Civil Veterinary Dept. North-West Frontier Province 1901-22 - 1901-1922
Year: 1901
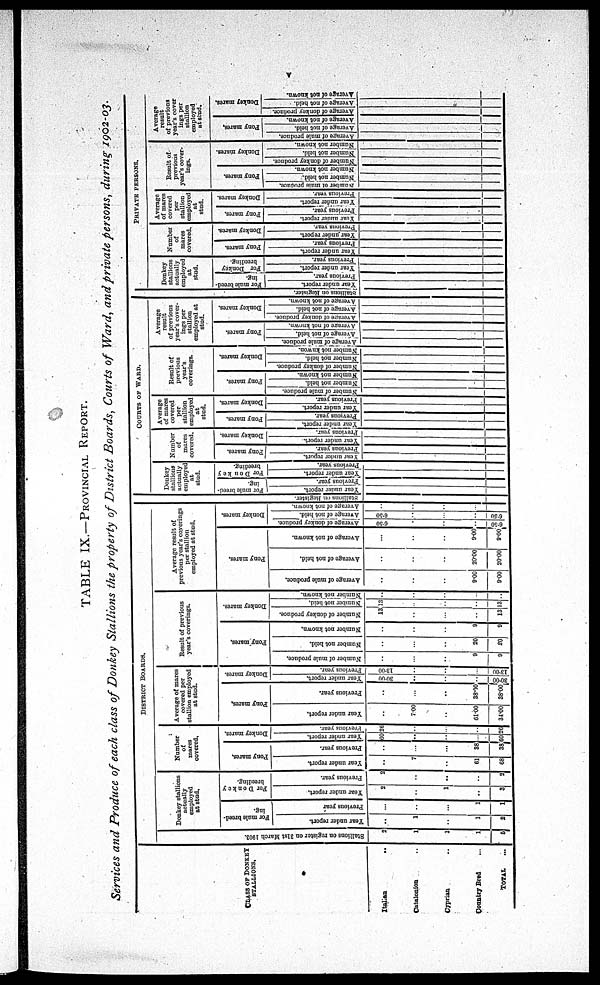
V
TABLE IX.—PROVINCIAL REPORT.
Services and Produce of each class of Donkey Stallions the property of District Boards, Courts of Ward, and private persons, during 1902-03.
CLASS OF DONKEY
STALLIONS.
Italian ...
Catalonion ...
Cyprian ..
Country Bred ..
TOTAL ...
DISTRICT
BOARDS.
St al l
i
ons on r e g i s t e r on 31st Ma r
c h 1903.
2
1
1
1
5
Donkey stallions
actually
employed
at stud.
For mule breed-
ing.
Year
under report.
..
1
..
1
2
Previous year
...
..
..
1
1
For Donkey
breeding.
Year
under report.
2
...
1
...
3
Previous year.
2
...
..
...
2
Number
of
mares
covered.
Pony mares.
Year under report.
...
7
...
61
68
Previous year.
...
...
...
38
38
Donkey mores.
Year
under report.
60
..
...
...
60
Previous Year.
26
...
...
...
26
Average of mares
covered per
stallion employed
at stud.
Pony mares.
Year
under report.
...
7 00
...
61.00
34.00
Previous year.
...
...
...
38.00
38.00
Donkey mares.
Year under report.
30 00
...
...
...
3 0.00
Previous year.
13 00
...
...
...
13.00
Result of previous
year's coverings.
Pony mares.
Number of mule produce.
...
...
...
9
9
Number not held.
...
...
...
20
20
Number not known.
...
...
...
9
9
Donkey mares.
Number of donkey produce.
13
...
...
...
13
Number not held.
13
...
...
...
13
Number not known.
...
...
...
...
...
Average result of
previous year's coverings
per stallion
employed at stud.
Pony mares.
Average of mule produce
...
...
...
9.00
9.00
Average of not held.
...
.....
...
20.00
20.00
Average of not known.
...
...
...
9.00
9.00
Donkey mores.
Average of donkey produce.
6.30
...
...
...
6.30
Average of not held.
6.30
...
...
...
...
Average
of not known.
..
..
Stallions on Register.
COURTS OF
WARD.
Donkey
stallions
actually
employed
at
stud.
For mule breed-
ing
Year under report.
Previous year.
Per Donkey
breeding.
Year under report.
Previous year.
Number
of
mares
covered.
Pony mares.
Year under report.
Previous year.
Donkey mares.
Year
under report.
Previous year.
Average
of mares
covered
per
stallion
employed
at
stud.
Pony mores.
Year
under report.
Previous year.
Donkey mares.
Year under report.
Previous year.
Result of
previous
year's
coverings.
Pony marcs.
Number of mule produce.
Number not held.
Number not known.
Donkey mares.
Number of donkey produce.
Number not held.
Number not knwon.
Average
result
of previous
year's cover-
ings
stallaion
employed at
stud.
Pony mar es .
Average of mule produce.
Average of not held.
Ave r
a ge of not known
Donke y mar es .
Aver age of donkey pr oduce.
Average
of not held.
Average
of not known.
Stallions on Regi st er .
PRIVATE PERSONS
Donkey
stallions
actually
employed
at
stud.
For
mule breed-
ing.
Year
under report.
Previous year.
For Donkey
breeding.
Year under report.
Previous year.
Number
of
mares
covered.
Pony mares.
Year
under report.
Previous year.
Donkey mares.
Year under report.
Previons year.
Average
of mares
covered
per
stallion
employed
at
stud.
Pony mares.
Year under report.
Previous year.
Donkey mares.
Year under report.
Previous year.
Result of
previous
year's cover-
ings.
Pony mares.
Number of mule produce.
Number not held.
Number not known.
Number of donkey produce.
Donkey mares.
Number not held.
Number not known.
Average
result
of previous
year's cover
lags per
stallion
employed
at stud.
Pony mares.
Average
of mule produce.
Average of nut held.
Average of not known.
Donkey mares.
Average of donkey produce.
Average
of not held.
Average of not known.